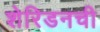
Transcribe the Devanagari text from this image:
शेरिडनची